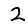
Digit: 2